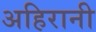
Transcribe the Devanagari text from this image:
अहिरानी